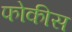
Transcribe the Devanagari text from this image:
फोकीस